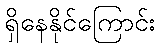
ရှိနေနိုင်ကြောင်း